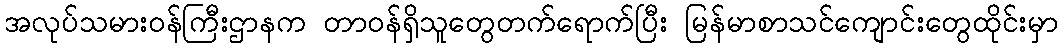
အလုပ်သမားဝန်ကြီးဌာနက တာဝန်ရှိသူတွေတက်ရောက်ပြီး မြန်မာစာသင်ကျောင်းတွေထိုင်းမှာ